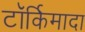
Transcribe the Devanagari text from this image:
टॉर्किमादा